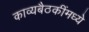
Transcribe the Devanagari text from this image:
काव्यबैठकींमध्ये